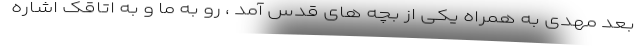
بعد مهدی به همراه یکی از بچه های قدس آمد ، رو به ما و به اتاقک اشاره